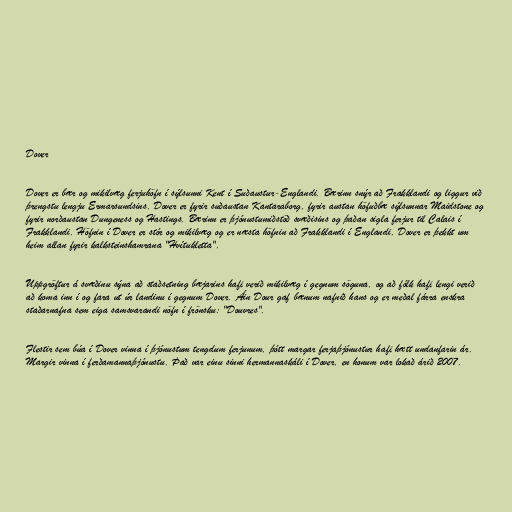
Dover

Dover er bær og mikilvæg ferjuhöfn í sýlsunni Kent í Suðaustur-Englandi. Bærinn snýr að Frakklandi og liggur við
þrengstu lengju Ermarsundsins. Dover er fyrir suðaustan Kantaraborg, fyrir austan höfuðbæ sýlsunnar Maidstone og
fyrir norðaustan Dungeness og Hastings. Bærinn er þjónustumiðstöð svæðisins og þaðan sigla ferjur til Calais í
Frakklandi. Höfnin í Dover er stór og mikilvæg og er næsta höfnin að Frakklandi í Englandi. Dover er þekkt um
heim allan fyrir kalksteinshamrana "Hvítukletta".

Uppgröftur á svæðinu sýna að staðsetning bæjarins hafi verið mikilvæg í gegnum söguna, og að fólk hafi lengi verið
að koma inn í og fara ut úr landinu í gegnum Dover. Áin Dour gaf bænum nafnið hans og er meðal fárra enskra
staðarnafna sem eiga samsvarandi nöfn í frönsku: "Douvres".

Flestir sem búa í Dover vinna í þjónustum tengdum ferjunum, þótt margar ferjaþjónustur hafi hætt undanfarin ár.
Margir vinna í ferðamannaþjónustu. Það var einu sinni hermannaskáli í Dover, en honum var lokað árið 2007.